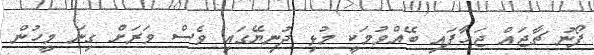
ފޯނު ޗާޖައް ޖަހާފައި ބޭއްވުމަކީ މުޅި ދުނިޔޭގައި ވެސް ވަރަށް ގިނަ މީހުން